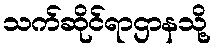
သက်ဆိုင်ရာဌာနသို့